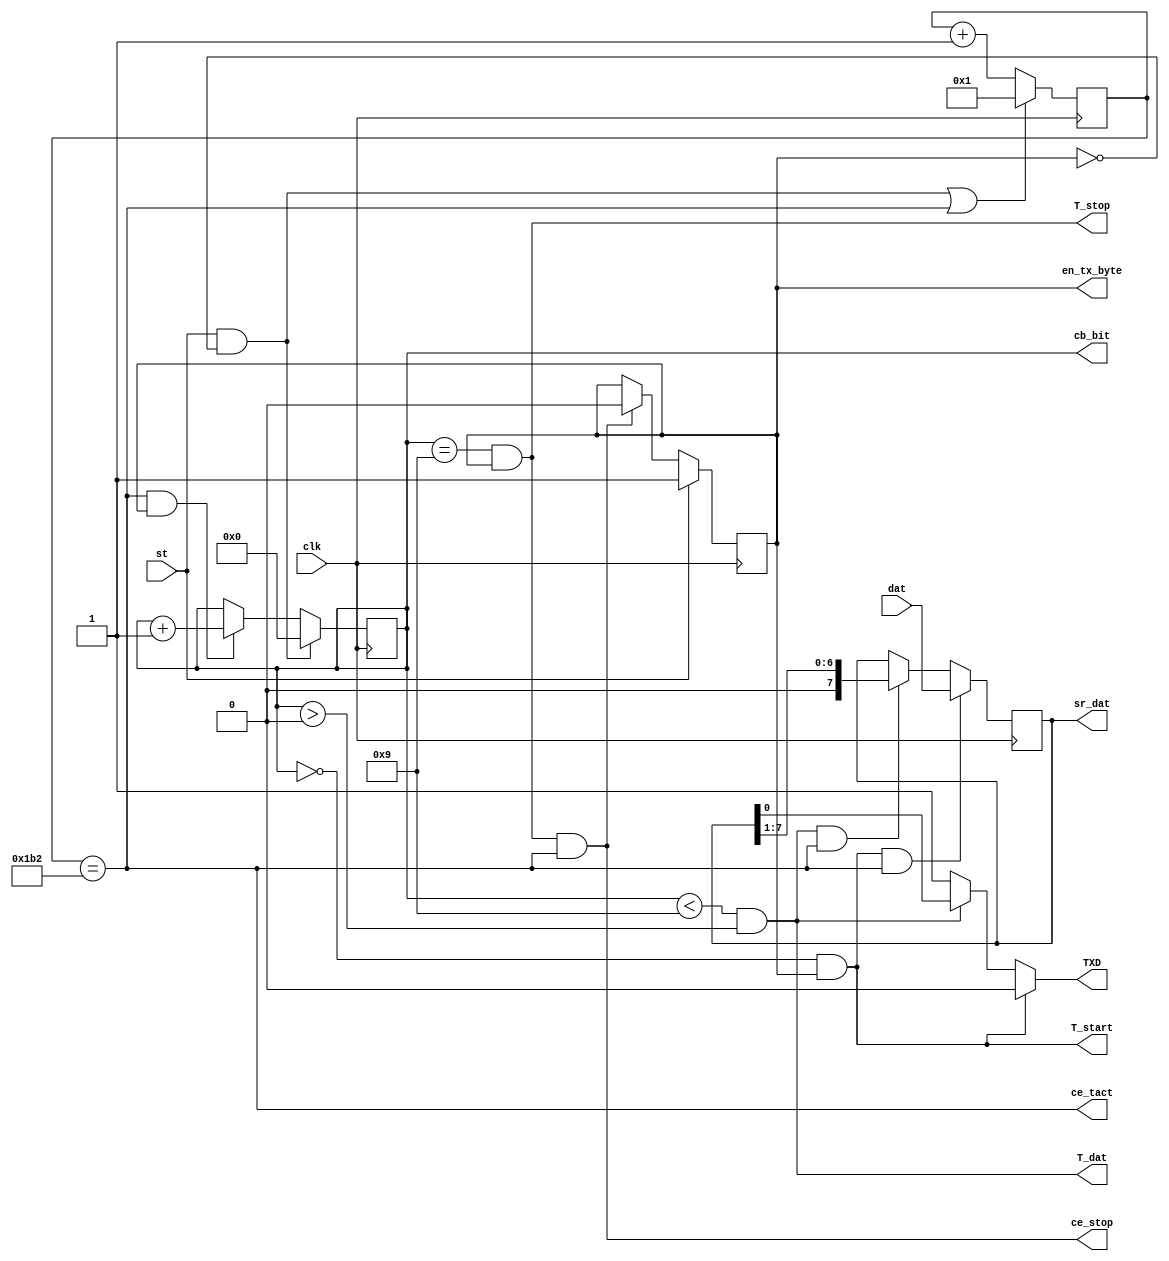
`timescale 1ns / 1ps
//////////////////////////////////////////////////////////////////////////////////
// Company: 
// Engineer: 
// 
// Design Name: 
// Module Name:    UTXD1B 
// Project Name: 
// Target Devices: 
// Tool versions: 
// Description: 
//
// Dependencies: 
//
// Revision: 
// Revision 0.01 - File Created
// Additional Comments: 
//
//////////////////////////////////////////////////////////////////////////////////
module UTXD1B( input clk, 		output wire TXD, //
					input[7:0]dat, output wire ce_tact, // 
					input st, 		output reg en_tx_byte=0, //  
					
										output reg [3:0] cb_bit=0, 
										output wire T_start, // 
										output wire T_dat, // 
										output wire T_stop, // 
										output wire ce_stop, // 
										output reg [7:0] sr_dat=0 );//  
										
parameter Fclk=50000000 ; //50 MHz
parameter VEL = 115200 ; //115.2 kBod (  1 )
parameter Nt = Fclk/VEL ; //~434
reg [15:0]cb_tact=0 ; // 
assign ce_tact = (cb_tact==Nt) ; // cb_tact  Nt
assign T_start = ((cb_bit==0) & en_tx_byte) ; //    
assign T_dat = (cb_bit<9) & (cb_bit>0); //   
assign T_stop = ((cb_bit==9) & en_tx_byte); //   
assign ce_stop = T_stop & ce_tact ; // 
assign TXD = T_start? 0 : T_dat? sr_dat[0] : 1 ; //  sr_dat[0]
wire start = st & !en_tx_byte ;

//-------------

always @ (posedge clk) begin
	cb_tact <= (start | ce_tact) ? 1 : cb_tact + 1 ; //""  1  cb_tact==Nt
	en_tx_byte <= st ? 1 : ce_stop ? 0 : en_tx_byte ; 
	cb_bit <= start ? 0 : (ce_tact & en_tx_byte) ? cb_bit+1 : cb_bit ;
	sr_dat <= (T_start & ce_tact) ? dat : (T_dat & ce_tact) ? sr_dat>>1 : sr_dat ; /*  sr_dat 
	  */
end

endmodule